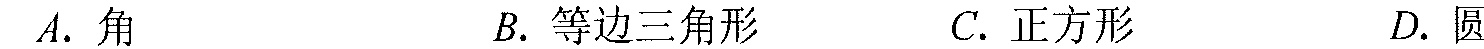
$A.$ 角  $B.$ 等边三角形  $C.$ 正方形  $D.$ 圆